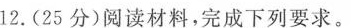
12.(25分)阅读材料，完成下列要求。